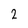
Character: 2